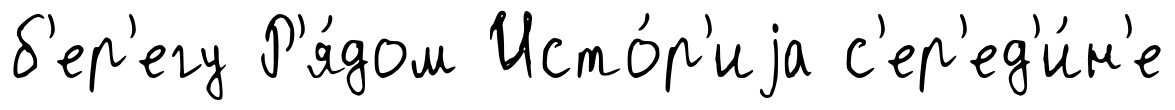
б'ер'егу Р'я́дом Исто́р'иjа с'ер'ед'и́н'е